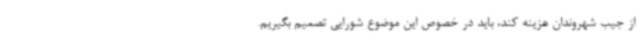
از جیب شهروندان هزینه کند، باید در خصوص این موضوع شورایی تصمیم بگیریم.